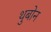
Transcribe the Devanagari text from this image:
थुबोन